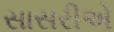
સાસરીએ